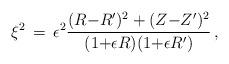
LaTeX: \begin{align*} \xi^2 \,=\, \epsilon^2\frac{(R{-}R')^2 + (Z{-}Z')^2}{(1{+}\epsilon R) (1{+}\epsilon R')}\,,\end{align*}